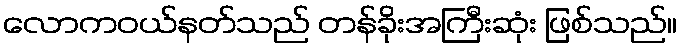
လောကဝယ်နတ်သည် တန်ခိုးအကြီးဆုံး ဖြစ်သည်။